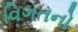
વિગતનો